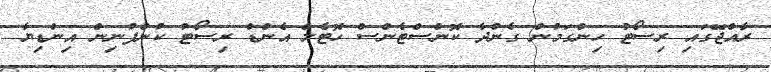
ރާއްޖޭގައި ރިސޯޓު ހިންގަމުން ގެންދާ ކޮންސްޓެންސް ހޮޓެލް އެންޑް ރިސޯޓު ކުންފުނިން އިންޑިޔާ